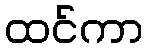
ထင်ကာ